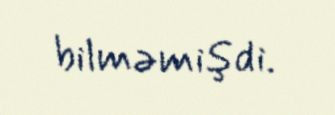
bilməmişdi.